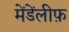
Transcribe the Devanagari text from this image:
मेंडेंलीफ़